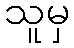
သူမှ